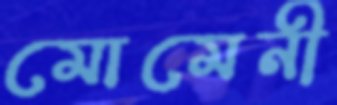
মোমেনী